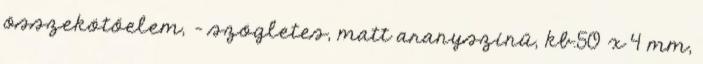
összekötőelem, - szögletes, matt aranyszínű, kb.50 x 4 mm,